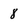
Character: 8